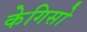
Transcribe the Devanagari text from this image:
केगिसो